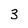
Character: 3